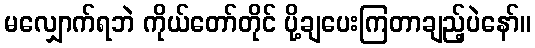
မလျှောက်ရဘဲ ကိုယ်တော်တိုင် ပို့ချပေးကြတာချည့်ပဲနော်။